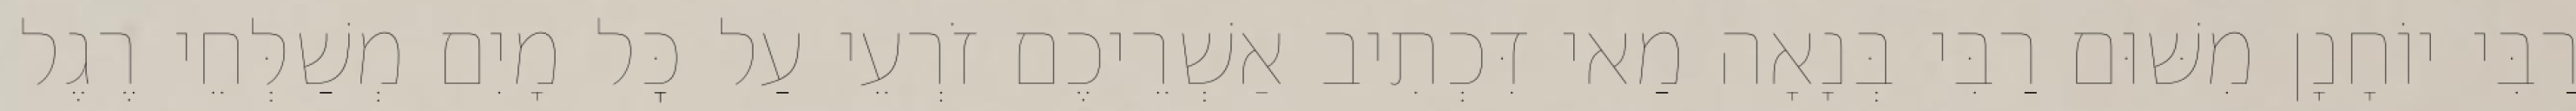
רַבִּי יוֹחָנָן מִשּׁוּם רַבִּי בְּנָאָה מַאי דִּכְתִיב אַשְׁרֵיכֶם זֹרְעֵי עַל כׇּל מָיִם מְשַׁלְּחֵי רֶגֶל